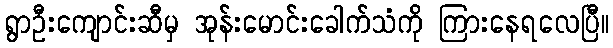
ရွာဦးကျောင်းဆီမှ အုန်းမောင်းခေါက်သံကို ကြားနေရလေပြီ။